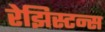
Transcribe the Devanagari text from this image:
रेझिस्टन्स